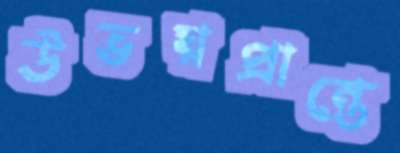
উভয়প্রান্তে